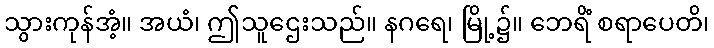
သွားကုန်အံ့။ အယံ၊ ဤသူဌေးသည်။ နဂရေ၊ မြို့၌။ ဘေရိံ စရာပေတိ၊